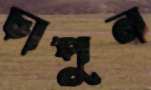
চাপুন